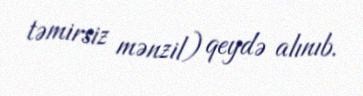
təmirsiz mənzil) qeydə alınıb.